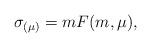
LaTeX: \begin{align*}\sigma_{(\mu)}=m F(m,\mu), \end{align*}